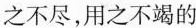
之不尽，用之不竭的